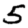
Digit: 5